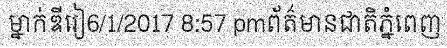
ម្នាក់ឌីរៀ6/1/2017 8:57 pmព័ត៌មានជាតិភ្នំពេញ